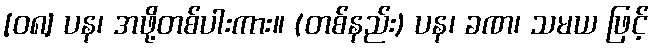
[၀၈] ပန၊ အဖို့တစ်ပါးကား။ (တစ်နည်း) ပန၊ ခဏ၊ သမယ ဖြင့်